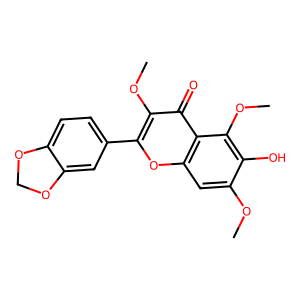
SMILES: COc1cc2oc(-c3ccc4c(c3)OCO4)c(OC)c(=O)c2c(OC)c1O
Inhibits HIV replication: No